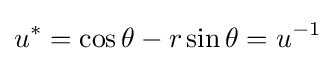
u^{*}=\cos \theta -r\sin \theta =u^{-1}